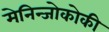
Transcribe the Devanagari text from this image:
मेनिन्जोकोकी